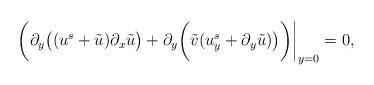
LaTeX: \begin{align*}\bigg(\partial_y\big((u^s + \tilde{u}) \partial_x\tilde{u}\big) +\partial_y\bigg(\tilde {v} (u^s_y + \partial_y \tilde{u})\big)\bigg)\bigg|_{y=0}=0,\end{align*}